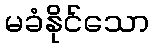
မခံနိုင်သော